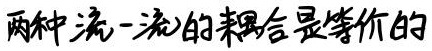
两种流一流的耦合是等价的